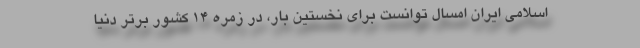
اسلامی ایران امسال توانست برای نخستین بار، در زمره ۱۴ کشور برتر دنیا